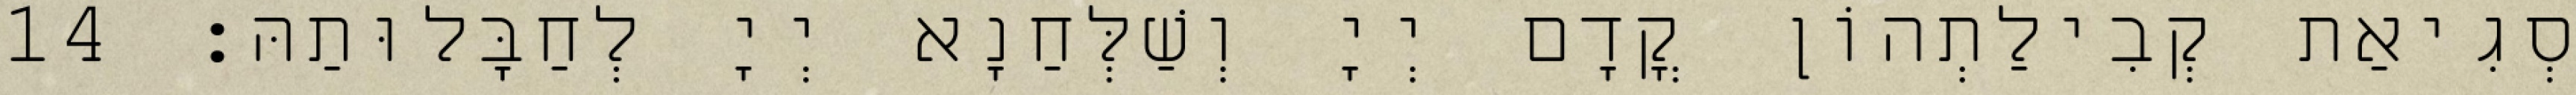
סְגִיאַת קְבִילַתְהוֹן קֳדָם יְיָ וְשַׁלְּחַנָא יְיָ לְחַבָּלוּתַהּ׃ 14